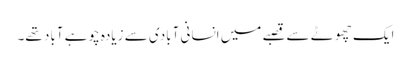
ایک چھوٹے سے قصبے میں انسانی آبادی سے زیادہ چوہے آباد تھے۔